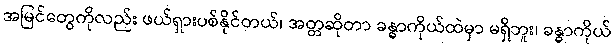
အမြင်တွေကိုလည်း ဖယ်ရှားပစ်နိုင်တယ်၊ အတ္တဆိုတာ ခန္ဓာကိုယ်ထဲမှာ မရှိဘူး၊ ခန္ဓာကိုယ်